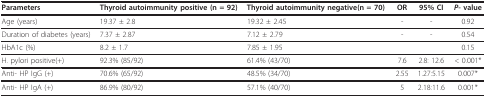
<table><thead><tr><td><b>Parameters</b></td><td><b>Thyroid autoimmunity positive (n = 92)</b></td><td><b>Thyroid autoimmunity negative(n = 70)</b></td><td><b>OR</b></td><td><b>95% CI</b></td><td><b><i>P</i>- value</b></td></tr></thead><tbody><tr><td>Age (years)</td><td>19.37 ± 2.8</td><td>19.32 ± 2.45</td><td>-</td><td>-</td><td>0.92</td></tr><tr><td>Duration of diabetes (years)</td><td>7.37 ± 2.87</td><td>7.12 ± 2.79</td><td>-</td><td>-</td><td>0.54</td></tr><tr><td>HbA1c (%)</td><td>8.2 ± 1.7</td><td>7.85 ± 1.95</td><td></td><td></td><td>0.15</td></tr><tr><td>H. pylori positive(+)</td><td>92.3% (85/92)</td><td>61.4% (43/70)</td><td>7.6</td><td>2.8: 12.6</td><td>&lt; 0.001*</td></tr><tr><td>Anti- HP IgG (+)</td><td>70.6% (65/92)</td><td>48.5% (34/70)</td><td>2.55</td><td>1.27:5.15</td><td>0.007*</td></tr><tr><td>Anti- HP IgA (+)</td><td>86.9% (80/92)</td><td>57.1% (40/70)</td><td>5</td><td>2.18:11.6</td><td>0.001*</td></tr></tbody></table>